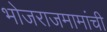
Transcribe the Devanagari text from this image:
भोजराजमामांची